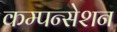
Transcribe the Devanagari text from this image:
कम्पन्सेशन